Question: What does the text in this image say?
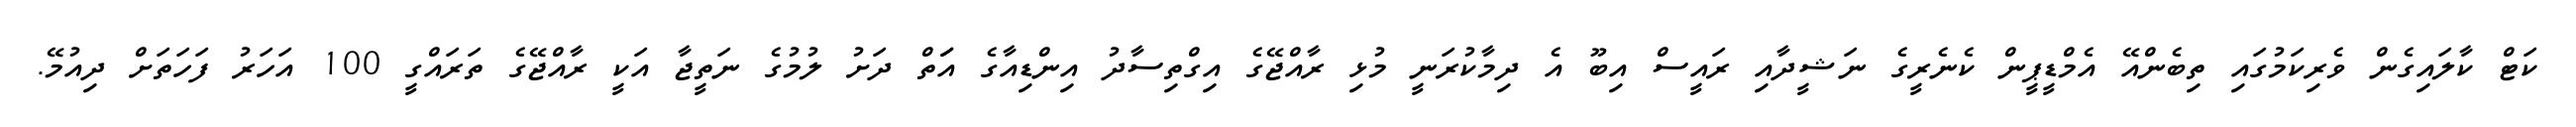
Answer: ކަޓް ކާލައިގެން ވެރިކަމުގައި ތިބެންއޭ އެމްޑީޕީން ކެނެރީގެ ނަޝީދާއި ރައީސް އިބޫ އެ ދިމާކުރަނީ މުޅި ރާއްޖޭގެ އިގްތިސާދު އިންޑިއާގެ އަަތް ދަށު ލުމުގެ ނަތީޖާ އަކީ ރާއްޖޭގެ ތަރައްގީ 100 އަހަރު ފަހަތަށް ދިއުމޭ.